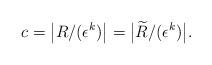
LaTeX: \begin{align*}c=\big|R/(\epsilon^k)\big|=\big|\widetilde{R}/(\epsilon^k)\big|. \end{align*}